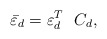
\begin{align*}{\bar \varepsilon_d} = \varepsilon_d^T \ \ C_d ,\end{align*}